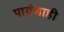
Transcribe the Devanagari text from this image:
पायंडाही